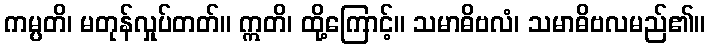
ကမ္ပတိ၊ မတုန်လှုပ်တတ်။ ဣတိ၊ ထို့ကြောင့်။ သမာဓိဗလံ၊ သမာဓိဗလမည်၏။